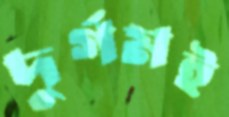
দুর্গমই